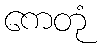
ကေတုံ